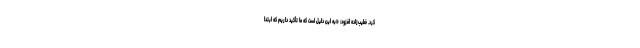
کرد. خطیب‌زاده افزود: «به این دلیل است که ما تأکید داریم که ابتدا